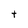
Character: t